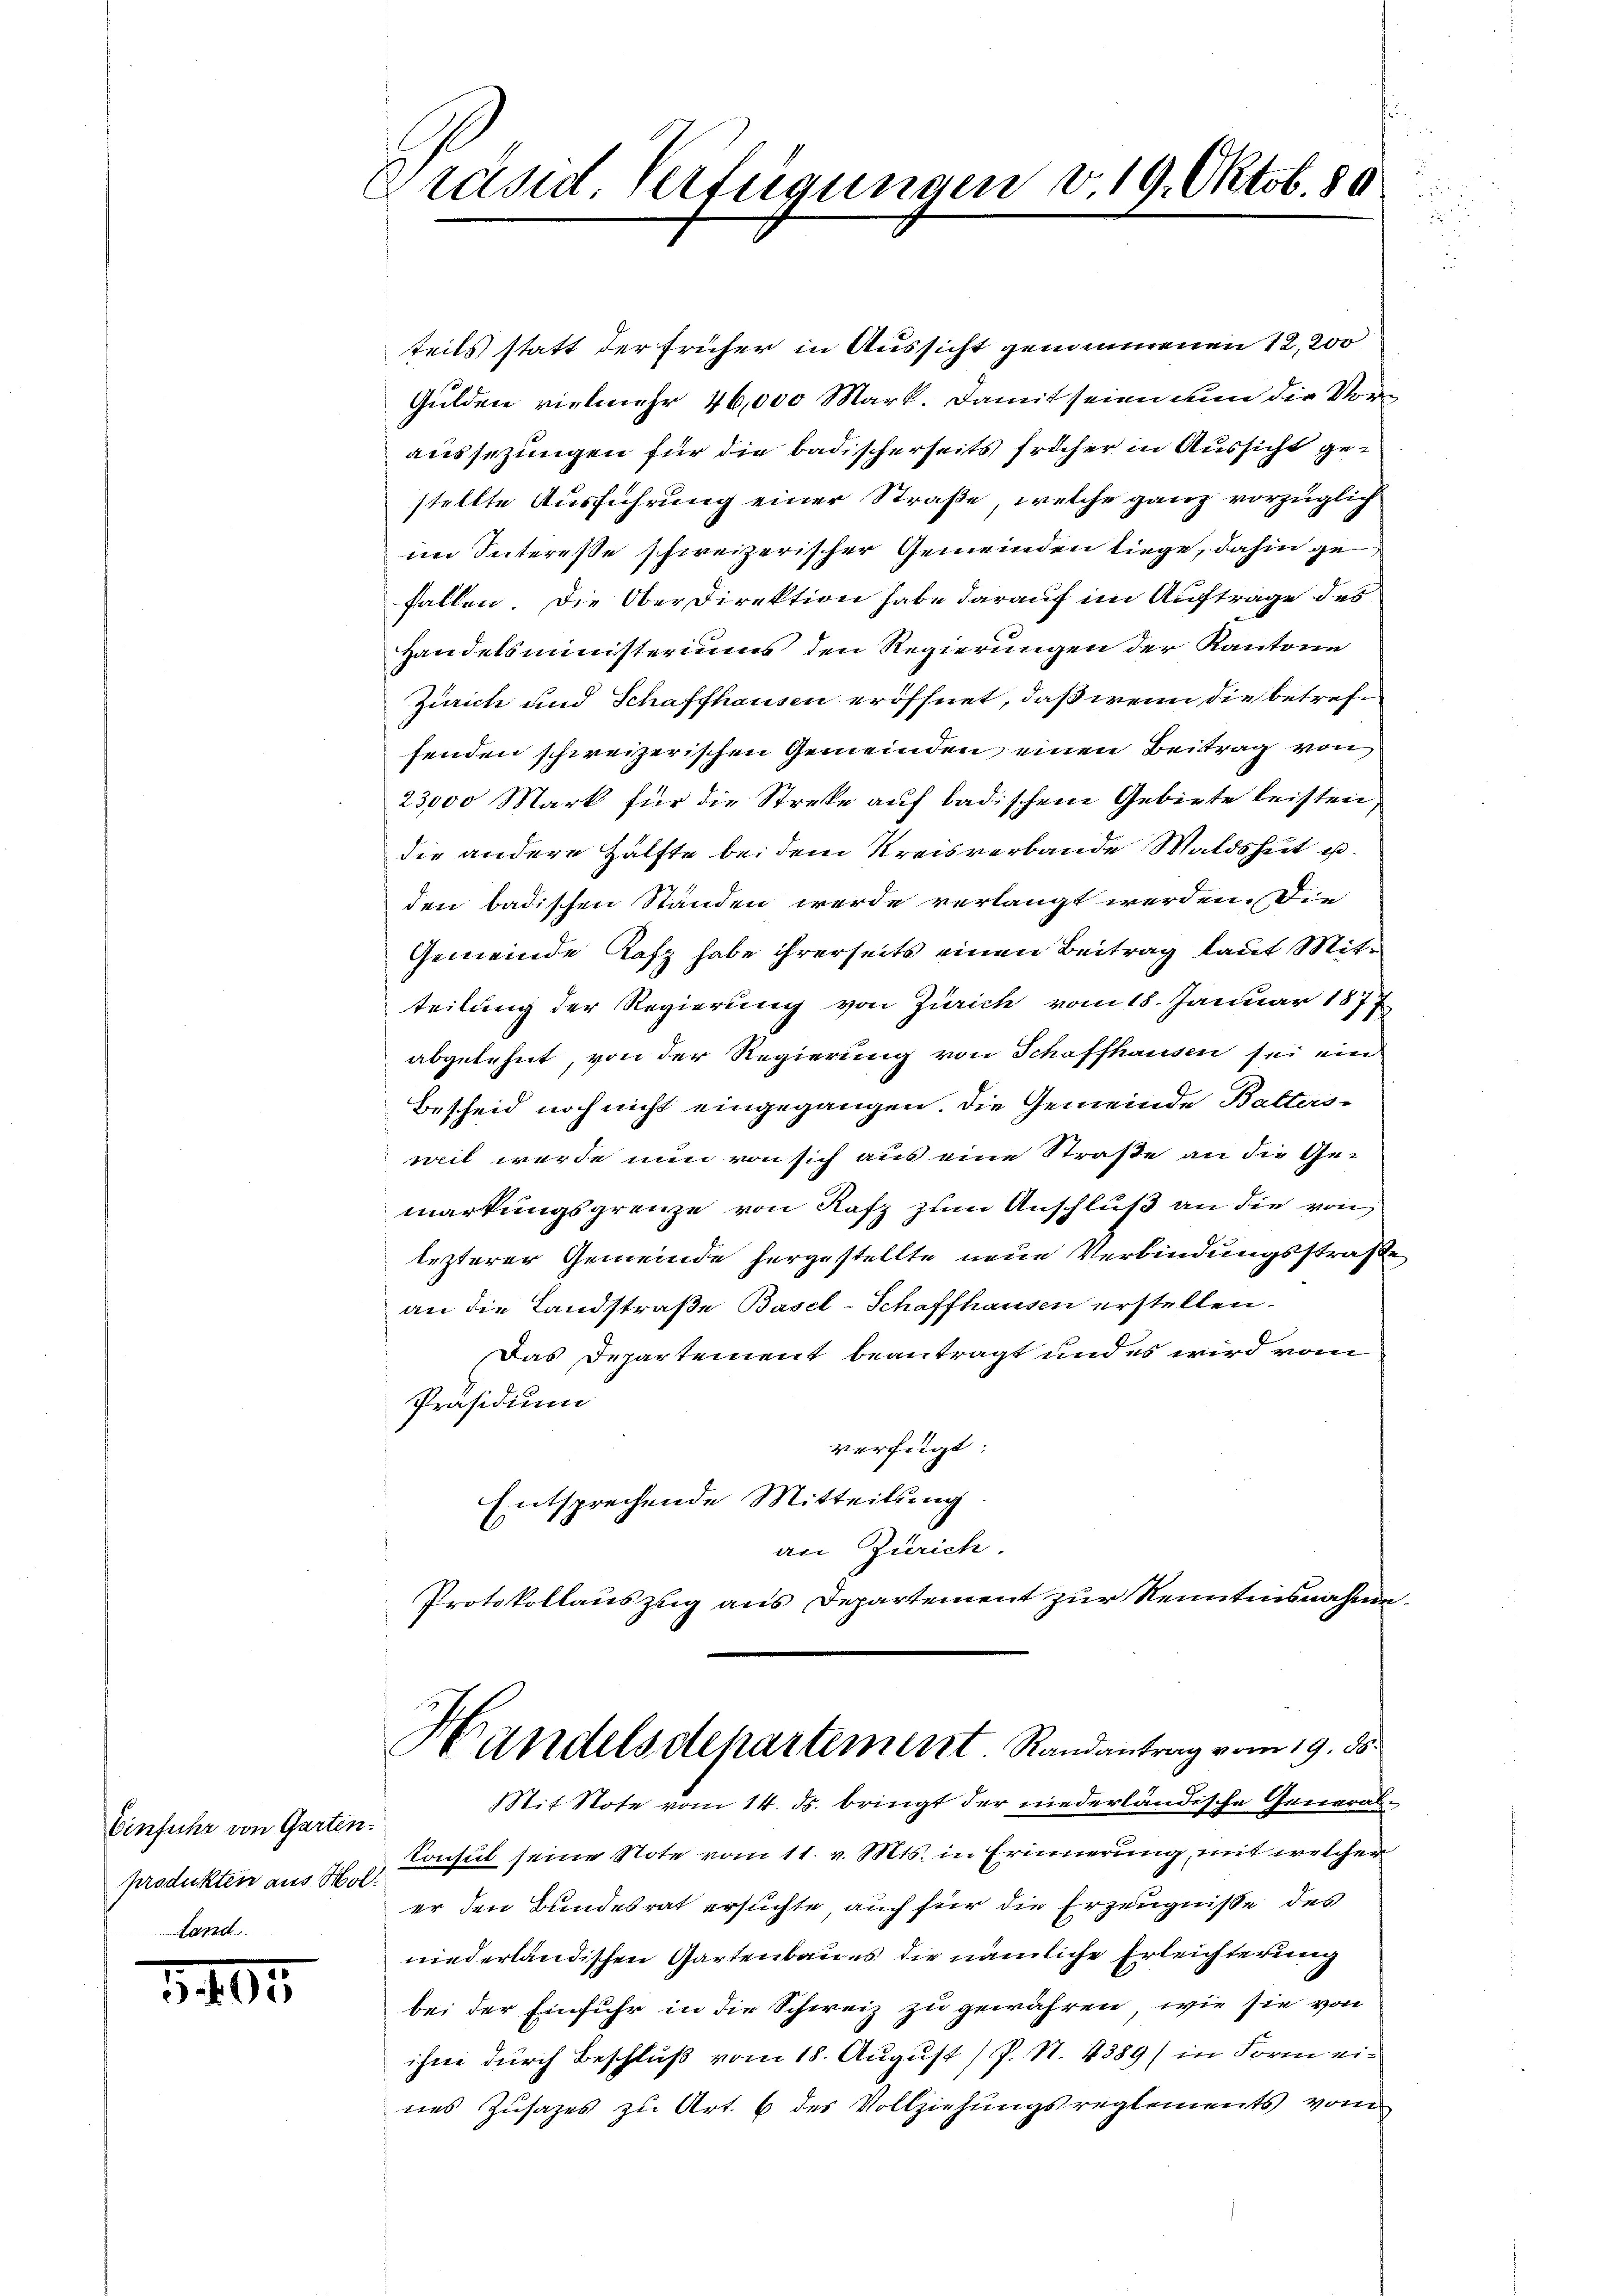
Einfuhr von Garten.
produkten aus Mol.
tand

405

Präsid. Verfügungen d. 19. Oktob. 80

teils statt der früher in Aussicht genommenen 12,200
Gulden vielmehr 46,000 Mark. Damit seien an die Voraussetzungen für die badischerseits früher in Aussicht gestellte Ausführung einer Straße, welche ganz vorzüglich
im Intereße schweizerischer Gemeinden liege, dahin ge
fallen. Die Oberdirektion habe darauf im Auftrage des
Handelsministeriums den Regierungen der Kantone
Zürich und Schaffhausen eröffnet, daß wenn die betreffenden schweizerischen Gemeinden einen Beitrag von
23,000 Mark für die Streke auf badischem Gebiete leisten
die andere Hälfte bei dem Kreisverbande Waldshut u.
den badischen Standen werde verlangt werden. Die
Gemeinde Rafz habe ihrerseits einen Beitrag laut Mitteilung der Regierung von Zürich vom 18. Januar 1877
abgelehnt, von der Regierung von Schaffhausen sei ein
Bescheid noch nicht eingegangen. Die Gemeinde Balters-
weit werde nun von sich aus eine Straße an die Gemarkungsgrenze von Rafz zum Anschluß an die von
lezterer Gemeinde hergestellte neue Verbindungsstraße
an die Landstraße Basel-Schaffhausen erstellen.
Das Departement beantragt und es wird vom
Präsidium
verfügt
Entsprechende Mitteilung
an Zürich.
Protokollauszug aus Departement zur Kenntensnahme.
Handelsdepartement. Randantrag vom 19. ds.
tit Note vom 14. ds. bringt der niederländische General¬
Konsul seine Note vom 11. v. Mts. in Erinnerung, mit welcher
er den Bundesrat ersuchte auch für die Erzeugnisse des
niederländischen Gartenbaues die nämliche Erleichterung
bei der Einfuhr in die Schweiz zu gewähren, wie sie von
ihme durch Beschluß vom 18. August P. N. 4389/ in Form ein
nes Zusages zu Art. 6 des Vollziehungsreglements vom